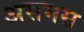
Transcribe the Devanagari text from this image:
असमस